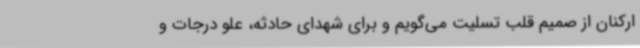
ارکنان از صمیم قلب تسلیت می‌گویم و برای شهدای حادثه، علو درجات و